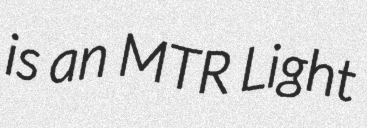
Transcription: is an MTR Light